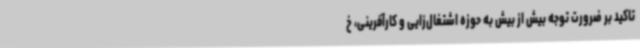
تاکید بر ضرورت توجه بیش از بیش به حوزه اشتغال‌زایی و کارآفرینی، خ